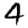
Digit: 4